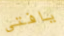
يافتى